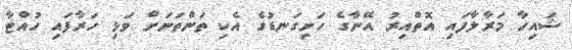
ޝައިހާ މަރާލާފައި އޮތްއިރު އޭނާގެ ހަށިގަނޑުގެ އެކި ތަންތަނަށް ވަޅި ހަރާފައި ހުއްޓާ